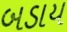
બડાય